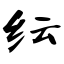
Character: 纭